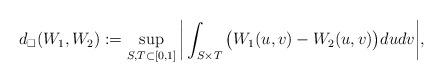
\begin{align*}d_\square(W_1,W_2):=\sup_{S,T\subset [0,1]}\bigg|\int_{S\times T} \big(W_1(u,v)-W_2(u,v) \big)du dv\bigg|,\end{align*}